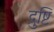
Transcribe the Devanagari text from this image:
द्रुष्टि